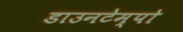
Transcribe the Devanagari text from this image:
डाउनटेम्पो